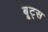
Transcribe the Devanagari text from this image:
बू्ट्स